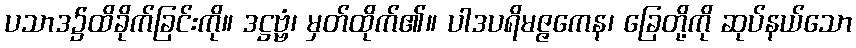
ပသာဒ၌ထိခိုက်ခြင်းကို။ ဒဋ္ဌဗ္ဗံ၊ မှတ်ထိုက်၏။ ပါဒပရိမဇ္ဇကေန၊ ခြေတို့ကို ဆုပ်နယ်သော